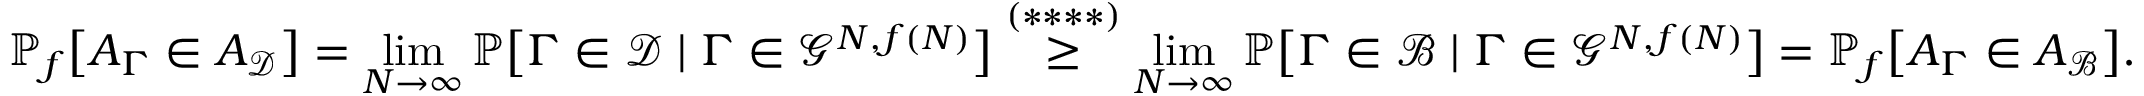
\mathbb P _ { f } \big [ A _ { \Gamma } \in A _ { \mathcal D } \big ] = \operatorname* { l i m } _ { N \to \infty } \mathbb P \big [ \Gamma \in \mathcal D \mid \Gamma \in \mathcal G ^ { N , f ( N ) } \big ] \overset { ( * * * * ) } \geq \operatorname* { l i m } _ { N \to \infty } \mathbb P \big [ \Gamma \in \mathcal B \mid \Gamma \in \mathcal G ^ { N , f ( N ) } \big ] = \mathbb P _ { f } \big [ A _ { \Gamma } \in A _ { \mathcal B } \big ] .